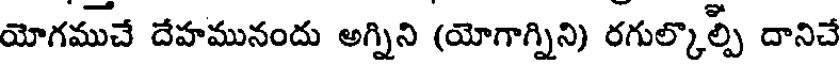
యోగముచే దేహమునందు అగ్నిని (యోగాగ్నిని) రగుల్కొల్పి దానిచే